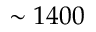
\sim 1 4 0 0